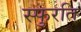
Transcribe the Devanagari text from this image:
स्फुरति